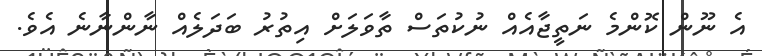
އެ ނޫން ކޮންމެ ނަތީޖާއެއް ނުކުތަސް ތާވަލަށް އިތުރު ބަދަލެއް ނާންނާނެ އެވެ.